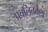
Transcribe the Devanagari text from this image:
प्रचलिततेला